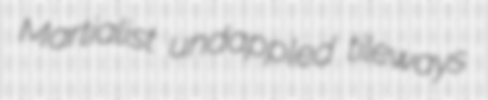
Martialist undappled tileways